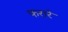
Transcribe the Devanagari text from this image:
फरारे